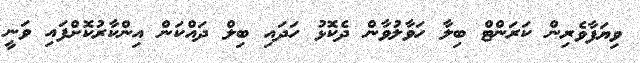
ވިޔަފާވެރިން ކަރަންޓް ބިލާ ހަވާލުވާން ދެކޮޅު ހަދައި ބިލް ދައްކަން އިންކާރުކޮށްފައި ވަނީ